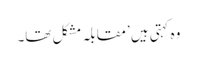
وہ کہتی ہیں ’مقابلہ مشکل تھا۔